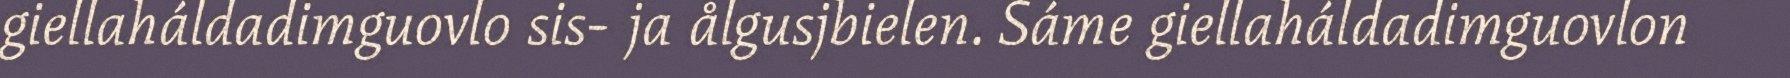
giellaháldadimguovlo sis- ja ålgusjbielen. Sáme giellaháldadimguovlon